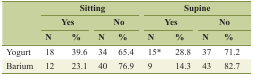
<table><thead><tr><td rowspan="3"></td><td colspan="4"><b>Sitting</b></td><td colspan="4"><b>Supine</b></td></tr><tr><td colspan="2"><b>Yes</b></td><td colspan="2"><b>No</b></td><td colspan="2"><b>Yes</b></td><td colspan="2"><b>No</b></td></tr><tr><td><b>N</b></td><td><b>%</b></td><td><b>N</b></td><td><b>%</b></td><td><b>N</b></td><td><b>%</b></td><td><b>N</b></td><td><b>%</b></td></tr></thead><tbody><tr><td>Yogurt</td><td>18</td><td>39.6</td><td>34</td><td>65.4</td><td>15*</td><td>28.8</td><td>37</td><td>71.2</td></tr><tr><td>Barium</td><td>12</td><td>23.1</td><td>40</td><td>76.9</td><td>9</td><td>14.3</td><td>43</td><td>82.7</td></tr></tbody></table>